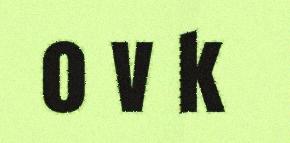
o v k